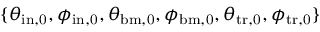
\{ \theta _ { \mathrm { i n , 0 } } , \phi _ { \mathrm { i n , 0 } } , \theta _ { \mathrm { b m , 0 } } , \phi _ { \mathrm { b m , 0 } } , \theta _ { \mathrm { t r , 0 } } , \phi _ { \mathrm { t r , 0 } } \}